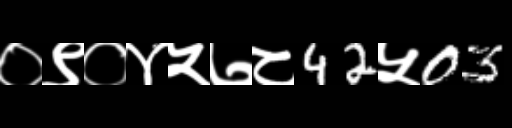
Text: ०९०४५७८42५03